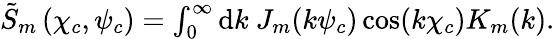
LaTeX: \begin{array}{r}{\tilde{S}_{m}\left(\chi_{c},\psi_{c}\right)=\int_{0}^{\infty}\mathrm{d}k\ J_{m}(k\psi_{c})\cos(k\chi_{c})K_{m}(k).}\end{array}